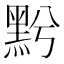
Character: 𪐭